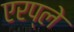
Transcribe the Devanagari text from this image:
एरप्ले